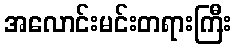
အလောင်းမင်းတရားကြီး